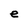
Character: e